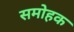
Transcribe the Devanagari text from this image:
समोहक